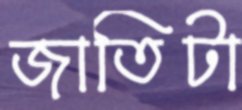
জাতিটা